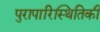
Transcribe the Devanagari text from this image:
पुरापारिस्थितिकी